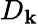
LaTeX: D_{\mathbf{k}}